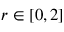
r \in [ 0 , 2 ]